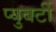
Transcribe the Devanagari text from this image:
प्युबर्टी